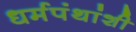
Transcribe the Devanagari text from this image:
धर्मपंथांशी